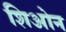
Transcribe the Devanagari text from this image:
शिओन